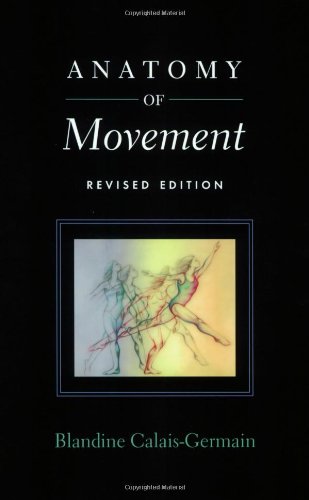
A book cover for Anatomy of Movement (Revised Edition); Blandine Calais-Germain; Medical Books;